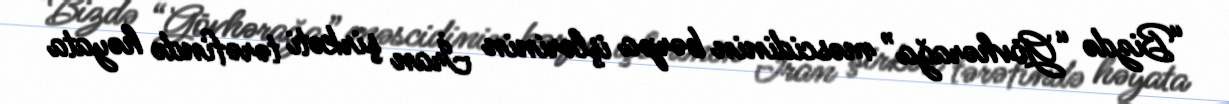
“Bizdə “Gövhərağa” məscidinin bərpa işlərinin İran şirkəti tərəfində həyata